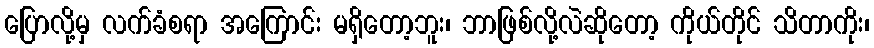
ပြောလို့မှ လက်ခံစရာ အကြောင်း မရှိတော့ဘူး၊ ဘာဖြစ်လို့လဲဆိုတော့ ကိုယ်တိုင် သိတာကိုး၊